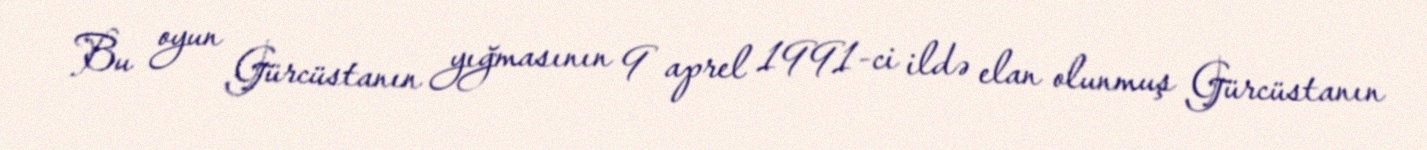
Bu oyun Gürcüstanın yığmasının 9 aprel 1991-ci ildə elan olunmuş Gürcüstanın